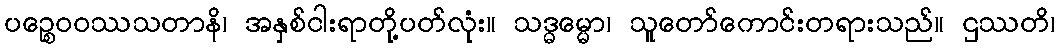
ပဉ္စေဝဝဿသတာနိ၊ အနှစ်ငါးရာတို့ပတ်လုံး။ သဒ္ဓမ္မော၊ သူတော်ကောင်းတရားသည်။ ဌဿတိ၊